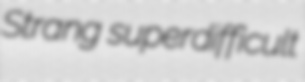
Strang superdifficult